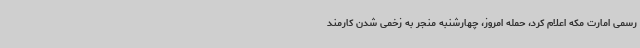
رسمی امارت مکه اعلام کرد، حمله امروز، چهارشنبه منجر به زخمی شدن کارمند